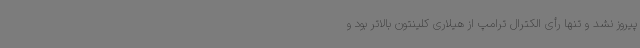
پیروز نشد و تنها رأی الکترال ترامپ از هیلاری کلینتون بالاتر بود و